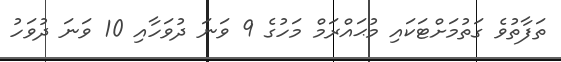
ތަފާތުވެ ގަތުމަށްޓަކައި މުޙައްރަމް މަހުގެ 9 ވަނަ ދުވަހާއި 10 ވަނަ ދުވަހު